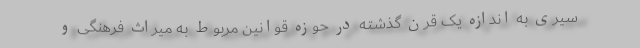
سیری به اندازه یک قرن گذشته در حوزه قوانین مربوط به میراث فرهنگی و